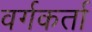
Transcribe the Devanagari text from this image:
वर्गकर्ता